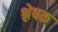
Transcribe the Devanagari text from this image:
श्लेषक